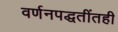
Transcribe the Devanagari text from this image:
वर्णनपद्धतींतही